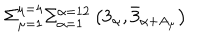
\Sigma _ { \mu = 1 } ^ { \mu = 4 } \Sigma _ { \alpha = 1 } ^ { \alpha = 1 2 } \left( 3 _ { \alpha } , \bar { 3 } _ { \alpha + A _ { \mu } } \right)